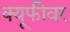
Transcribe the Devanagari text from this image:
क्यूफीवर